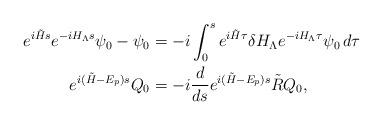
LaTeX: \begin{align*} e^{i\tilde Hs}e^{-i H_\Lambda s}\psi_0 - \psi_0 &= -i\int_0^s e^{i\tilde H\tau} \delta H_\Lambda e^{-i H_\Lambda\tau}\psi_0\, d\tau\\ e^{i(\tilde H-E_p)s}Q_0 &= -i\frac{d}{ds} e^{i(\tilde H-E_p)s}\tilde{R} Q_0,\end{align*}